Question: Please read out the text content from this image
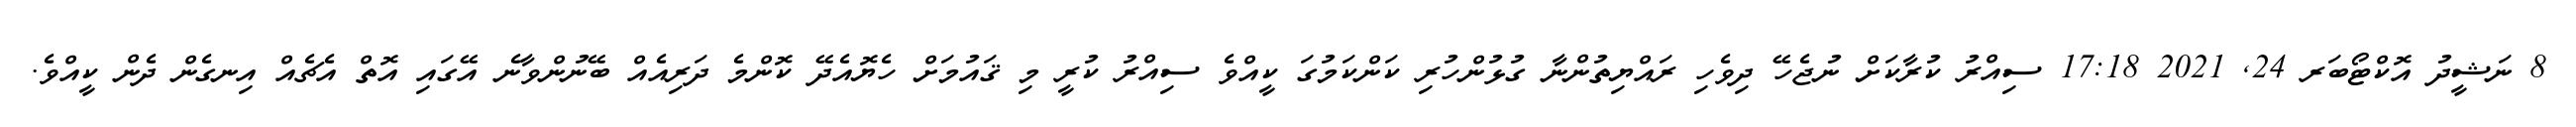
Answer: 8 ނަޝީދު އޮކްޓޯބަރ 24, 2021 17:18 ސިއްރު ކުރާކަށް ނުޖެހޭ ދިވެހި ރައްޔިތުންނާ ގުޅުންހުރި ކަންކަމުގަ ކީއްވެ ސިއްރު ކުރީ މި ޤައުމަށް ހެޔޮއެދޭ ކޮންމެ ދަރިއެއް ބޭނުންވާނެ އޭގައި އޮތް އެޗެއް އިނގެން ދެން ކީއްވެ.